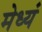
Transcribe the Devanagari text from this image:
मेध्यं